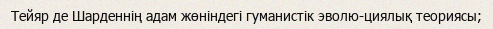
Тейяр де Шарденнің адам жөніндегі гуманистік эволю-циялық теориясы;